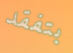
بتفقد